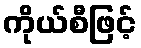
ကိုယ်စီဖြင့်